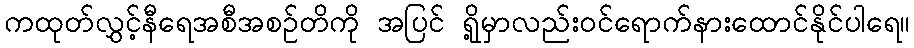
ကထုတ်လွှင့်နီရေအစီအစဉ်တိကို အပြင် ရို့မှာလည်းဝင်ရောက်နားထောင်နိုင်ပါရေ။